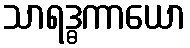
သာရဒ္ဓကာယော